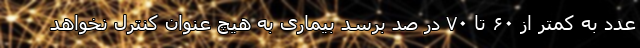
عدد به کمتر از ۶۰ تا ۷۰ در صد برسد بیماری به هیچ عنوان کنترل نخواهد